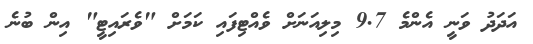
އަދަދު ވަނީ އެންމެ 9.7 މިލިއަނަށް ވެއްޓިފައި ކަމަށް "ވެރައިޓީ" އިން ބުނެ